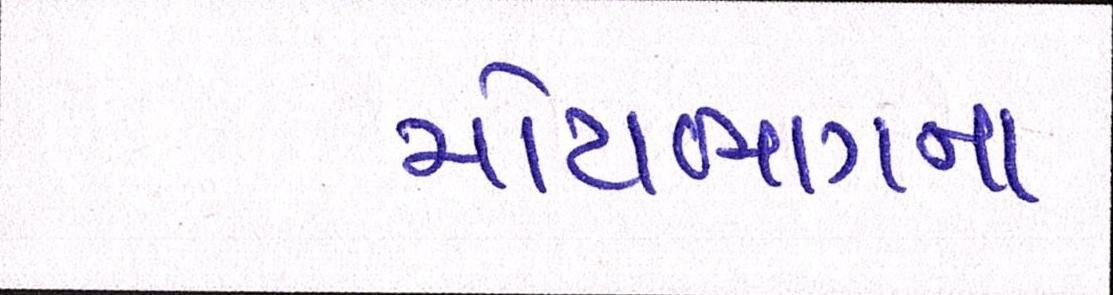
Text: મોટાભાગનાં